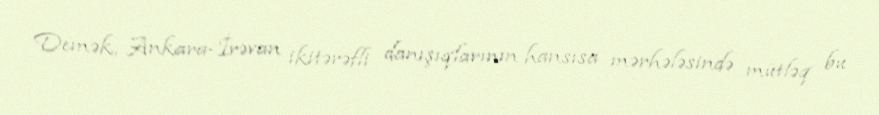
Demək, Ankara-İrəvan ikitərəfli danışıqlarının hansısa mərhələsində mütləq bu